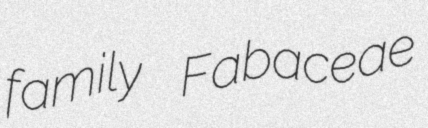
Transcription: family Fabaceae